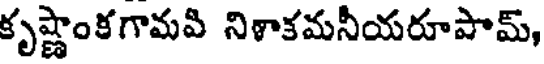
కృష్ణాంకగామవి నిళాకమనీయరూపామ్,